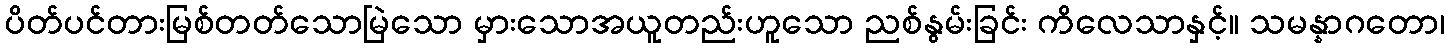
ပိတ်ပင်တားမြစ်တတ်သောမြဲသော မှားသောအယူတည်းဟူသော ညစ်နွမ်းခြင်း ကိလေသာနှင့်။ သမန္နာဂတော၊